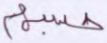
حسبهم